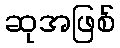
ဆုအဖြစ်